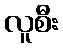
လူစီး